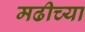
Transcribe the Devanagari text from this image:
मढीच्या